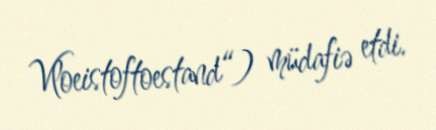
Vloeistoftoestand“) müdafiə etdi.